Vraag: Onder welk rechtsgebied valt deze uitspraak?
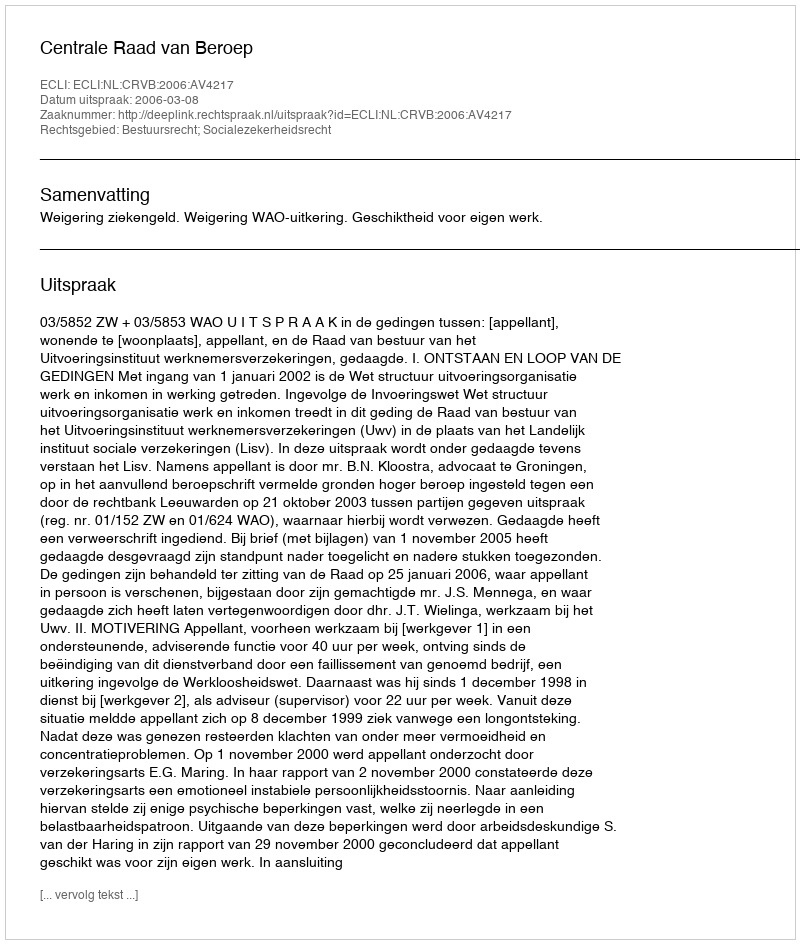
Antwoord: Bestuursrecht; Socialezekerheidsrecht